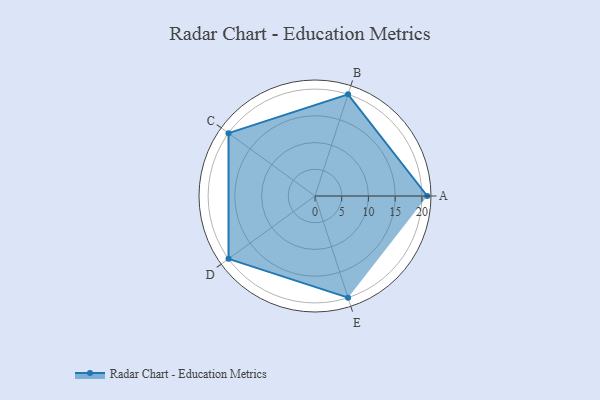
{"axis": {"x": "Skill", "y": "Score"}, "legend": ["Profile"], "data": [{"x": "A", "y": 21.0, "type": "Profile"}, {"x": "B", "y": 20, "type": "Profile"}, {"x": "C", "y": 20, "type": "Profile"}, {"x": "D", "y": 20, "type": "Profile"}, {"x": "E", "y": 20, "type": "Profile"}]}